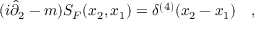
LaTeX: ( i \hat { \partial } _ { 2 } - m ) S _ { F } ( x _ { 2 } , x _ { 1 } ) = \delta ^ { ( 4 ) } ( x _ { 2 } - x _ { 1 } ) \quad ,